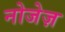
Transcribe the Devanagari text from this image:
नोजेज़